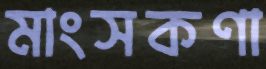
মাংসকণা